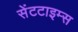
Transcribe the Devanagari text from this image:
सेंटटाइम्स